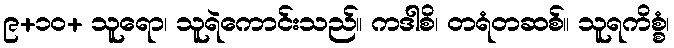
၉+၁၀+ သူရော၊ သူရဲကောင်းသည်။ ကဒါစိ၊ တရံတဆစ်။ သူရကိစ္စံ၊